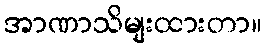
အာဏာသိမျးထားတာ။